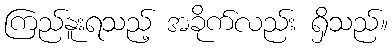
ကြည်နူးရသည့် အခိုက်လည်း ရှိသည်။